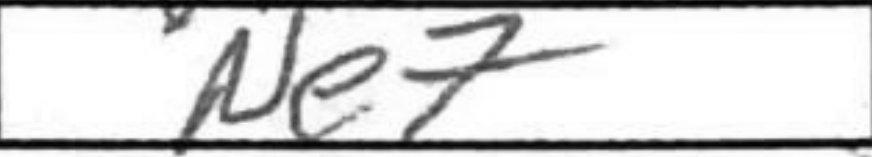
Transcription: Ne7